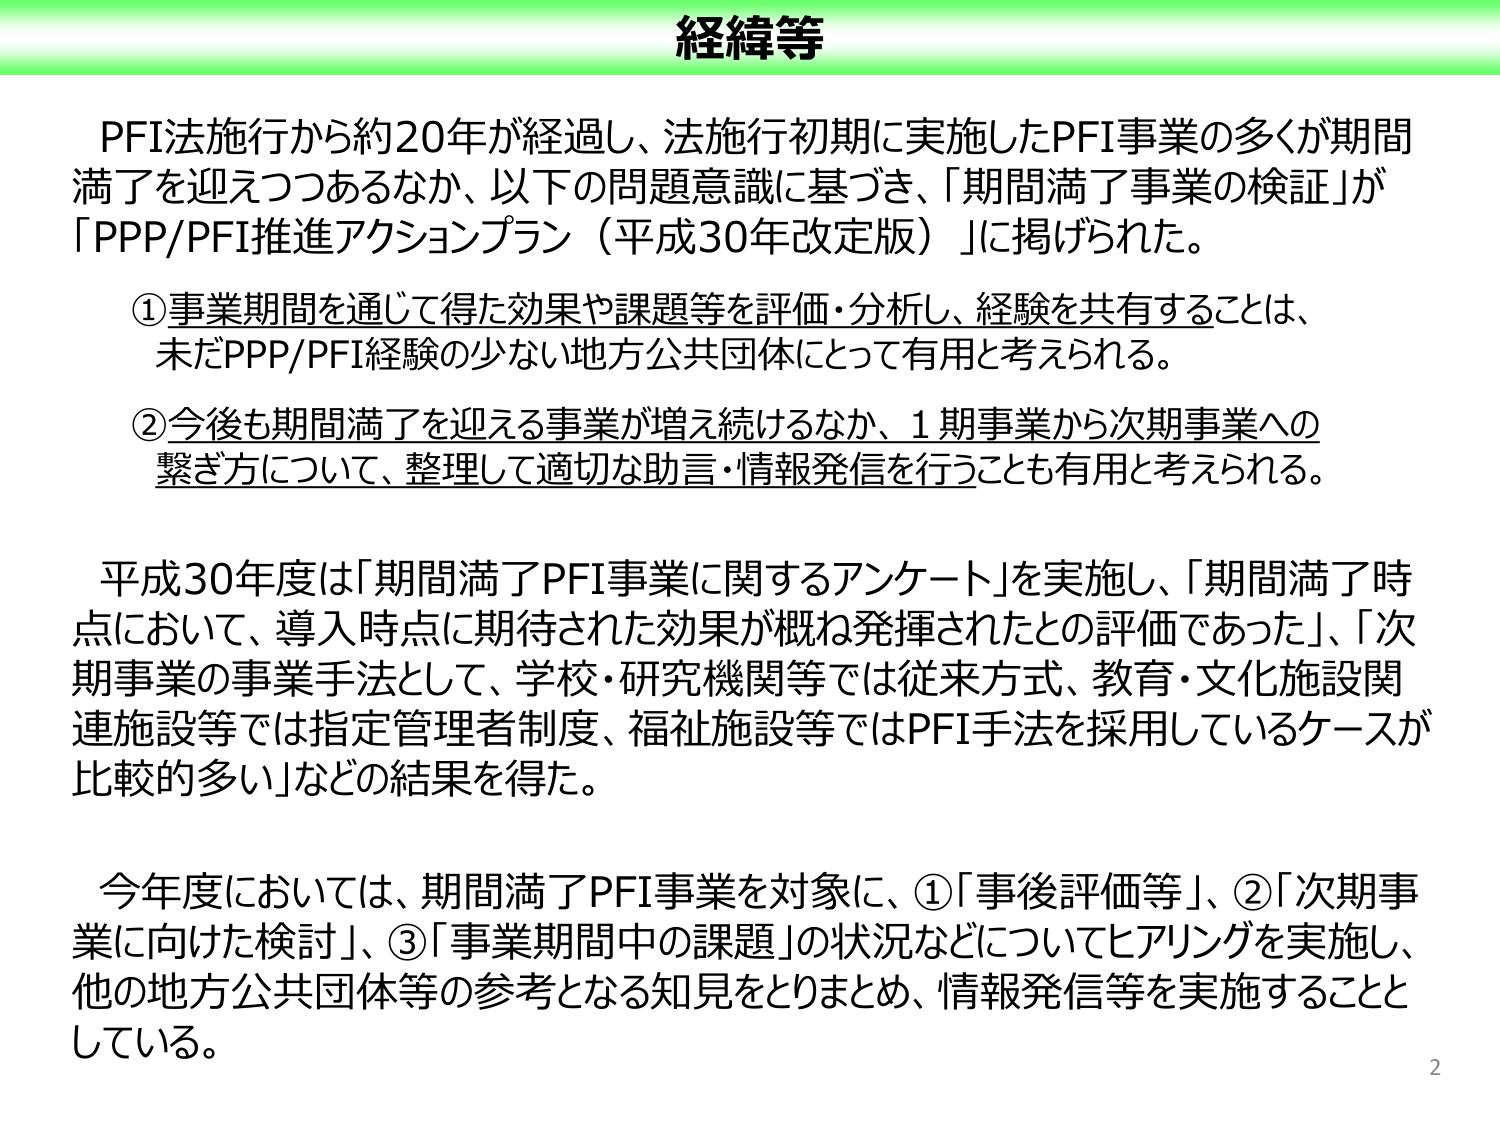
経緯等

PFI法施行から約20年が経過し、法施行初期に実施したPFI事業の多くが期間満了を迎えつつあるなか、以下の問題意識に基づき、「期間満了事業の検証」が「PPP/PFI推進アクションプラン（平成30年改定版）」に掲げられた。

①事業期間を通じて得た効果や課題等を評価・分析し、経験を共有することは、未だPPP/PFI経験の少ない地方公共団体にとって有用と考えられる。

②今後も期間満了を迎える事業が増え続けるなか、1期事業から次期事業への繋ぎ方について、整理して適切な助言・情報発信を行うことも有用と考えられる。

平成30年度は「期間満了PFI事業に関するアンケート」を実施し、「期間満了時点において、導入時点に期待された効果が概ね発揮されたとの評価であった」、「次期事業の事業手法として、学校・研究機関等では従来方式、教育・文化施設関連施設等では指定管理者制度、福祉施設等ではPFI手法を採用しているケースが比較的多い」などの結果を得た。

今年度においては、期間満了PFI事業を対象に、①「事後評価等」、②「次期事業に向けた検討」、③「事業期間中の課題」の状況などについてヒアリングを実施し、他の地方公共団体等の参考となる知見をとりまとめ、情報発信等を実施することとしている。

2